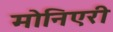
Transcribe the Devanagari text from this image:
मोनिएरी